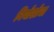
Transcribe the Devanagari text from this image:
नियोशोचा